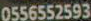
0556552593